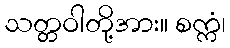
သတ္တဝါတို့အား။ စက္ကံ၊